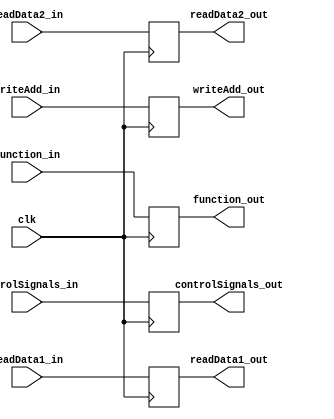
//D/E Buffer 
/*
Buffer between Decode and Execute Stages
inputs:
  -controlSignals_in (11 bits): control signals from the Control Unit includes: (ALUOP/Regwr/ALUsrc/Branch/MemtoReg/Push/Out/In)
  -readData1_in (16 bits)
  -readData2_in (16 bits)
  -writeAdd_in (3 bits)
  -function_in (3 bits)
  -clk:clock
output:
  -controlSignals_out (8 bits): control signals from the Control Unit
  -readData1_out (16 bits)
  -readData2_out (16 bits)
  -writeAdd_out (3 bits)
  -function_out (3 bits)   
*/
module DE_Buffer(clk, controlSignals_in, readData1_in, readData2_in, writeAdd_in, function_in, controlSignals_out, readData1_out, readData2_out, writeAdd_out, function_out);
    input [10:0] controlSignals_in;
    input [15:0] readData1_in, readData2_in;
    input [2:0] writeAdd_in;
    input [2:0] function_in;
    input clk;

    output reg [10:0] controlSignals_out;
    output reg [15:0] readData1_out, readData2_out;
    output reg [2:0] writeAdd_out;
    output reg [2:0] function_out;

    always @(posedge clk) begin
        controlSignals_out = controlSignals_in;
        readData1_out = readData1_in;
        readData2_out = readData2_in;
        writeAdd_out = writeAdd_in;
        function_out = function_in;
    end
endmodule